system: You are a helpful assistant.
user:
Analyze the provided spectrum to determine if it is a **"Cataclysmic Variables (CV)"**.

- **Key Indicators for CV (Check for either state):**
    - **State 1: Quiescent / Low-State (Emission-Dominated)**
        - **(Primary):** Strong and *very broad* Hydrogen Balmer emission lines (e.g., $H\alpha$ at 6563 Å, $H\beta$ at 4861 Å). The 'broadness' (high velocity dispersion, often FWHM > 1000 km/s) is the key diagnostic, indicating a high-velocity accretion disk.
        - **(Secondary):** Broad neutral Helium (He I) emission lines (e.g., 5876 Å, 6678 Å).
        - **(Key Confirmation):** Presence of high-excitation *ionized* Helium (He II) emission at 4686 Å. This is a strong indicator of accretion onto a white dwarf.
        - **(Line Profile):** Emission lines may exhibit a 'double-peaked' profile, which is a classic signature of a rotating accretion disk viewed at high inclination.

    - **State 2: Outburst / High-State (Absorption-Dominated)**
        - **(Primary):** Spectrum is dominated by a bright, blue continuum (looks like a hot star).
        - **(Secondary):** The emission lines from State 1 are weak, absent, or 'filled in', and are replaced by broad, shallow *absorption* lines (primarily Balmer and He I).
        - **(Morphology):** The overall spectrum mimics a hot B/A-type star. The crucial difference is that the absorption lines are significantly broader, shallower, and more 'washed-out' (or 'smeared') than the sharp lines of a normal stellar photosphere, due to high rotational speeds and pressure broadening in the disk.

Think first, call **spectral_visualization_tool** if needed to examine features in detail, then provide your final answer. Your response must adhere to the following strict rules:
1.  **Overall Structure:** Your response must follow the format `<think>...</think> <tool_call>...</tool_call> (if a tool is used) <answer>...</answer>`.
2.  **Tool Usage Constraint:** You may only make **one** tool call per turn.
3.  **Final Answer Format:** In the `<answer>` tag, your conclusion must be inside a `\boxed{}` command (e.g., `\boxed{YES}`), followed by your justification.

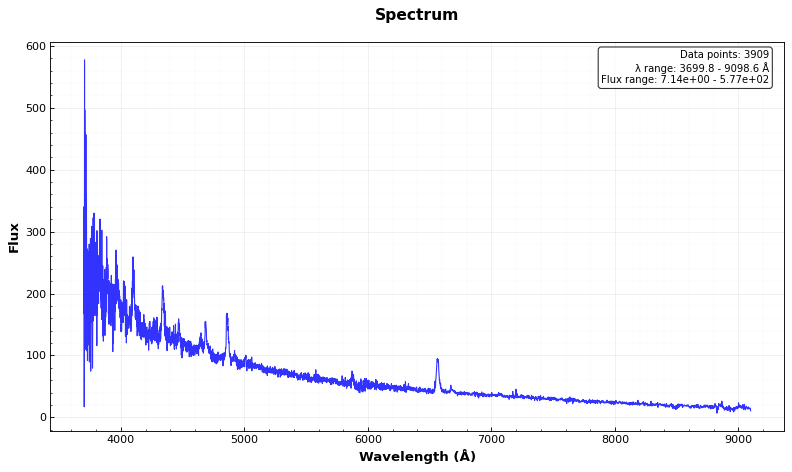
Answer: YES